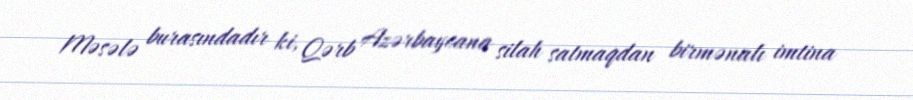
Məsələ burasındadır ki, Qərb Azərbaycana silah satmaqdan birmənalı imtina